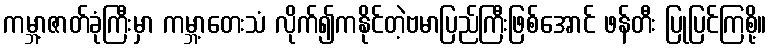
ကမ္ဘာ့ဇာတ်ခုံကြီးမှာ ကမ္ဘာ့တေးသံ လိုက်၍ကနိုင်တဲ့ဗမာပြည်ကြီးဖြစ်အောင် ဖန်တီး ပြုပြင်ကြစို့။